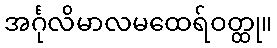
အင်္ဂုလိမာလမထေရ်ဝတ္ထု။